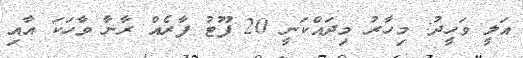
އަލީ ވަހީދު: މިހާރު މިދައްކަނީ 20 ފޫޓު ފާރެއް ރާނާ ވާހަކަ އާއި